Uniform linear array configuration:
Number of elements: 24
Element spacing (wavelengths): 0.75
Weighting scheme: kaiser
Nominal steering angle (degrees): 60
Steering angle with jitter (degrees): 60.736
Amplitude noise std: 0.05
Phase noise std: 0.05

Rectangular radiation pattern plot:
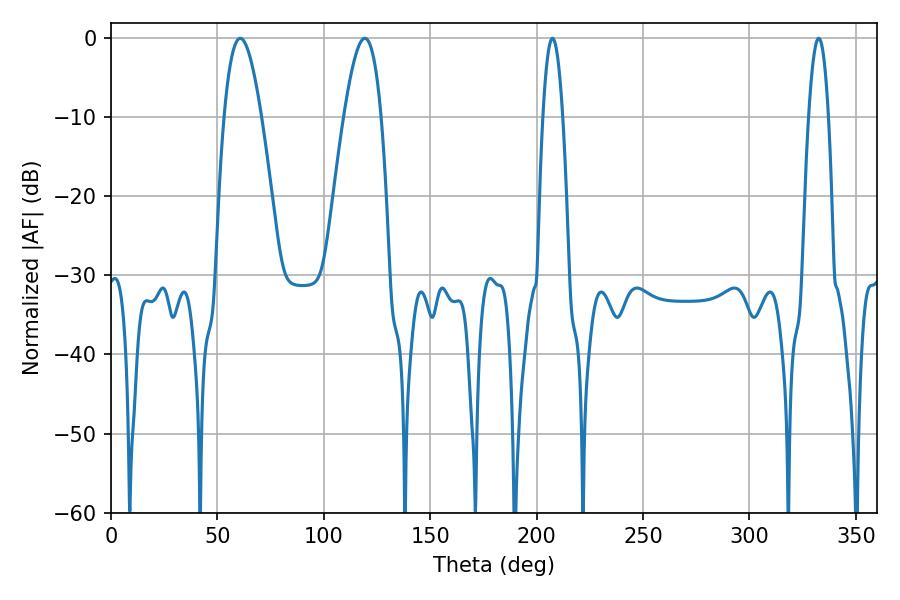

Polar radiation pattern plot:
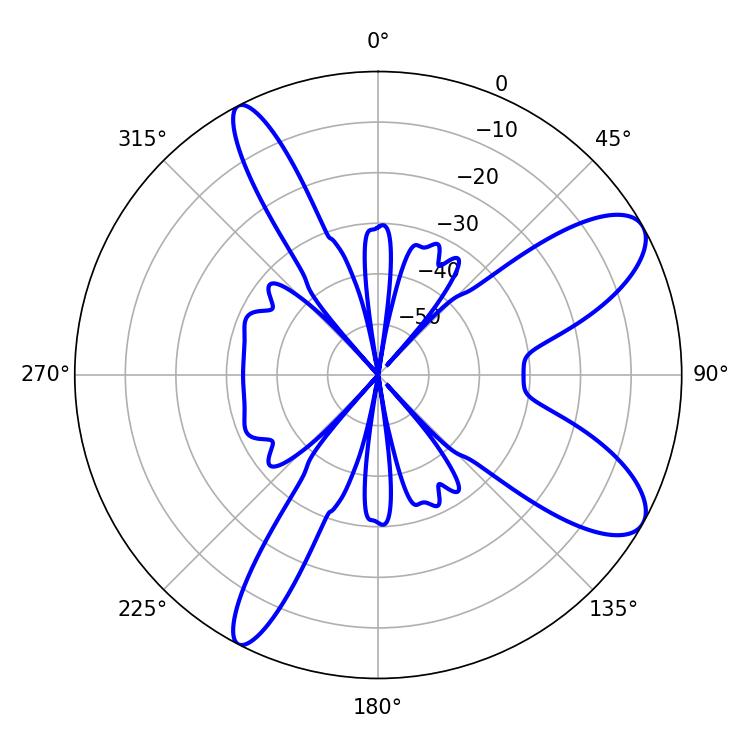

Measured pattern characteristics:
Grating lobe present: TRUE
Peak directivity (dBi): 9.457
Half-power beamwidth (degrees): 9.54
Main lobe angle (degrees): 60.66